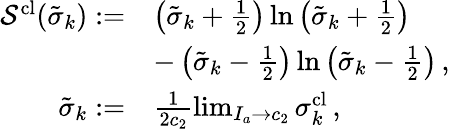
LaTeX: \begin{array}{rl}{\mathcal{S}^{\textrm{cl}}(\tilde{\sigma}_{k}):=}&{\left(\tilde{\sigma}_{k}+\frac{1}{2}\right)\ln\left(\tilde{\sigma}_{k}+\frac{1}{2}\right)}\\ &{-\left(\tilde{\sigma}_{k}-\frac{1}{2}\right)\ln\left(\tilde{\sigma}_{k}-\frac{1}{2}\right)\, ,}\\ {\tilde{\sigma}_{k}:=}&{\frac{1}{2c_{2}}\operatorname*{lim}_{I_{a}\to c_{2}}\sigma_{k}^{\textrm{cl}}\, ,}\end{array}